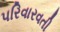
પરિવારવતી